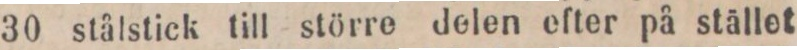
30 stålstick till större delen efter på stället